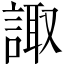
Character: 諏